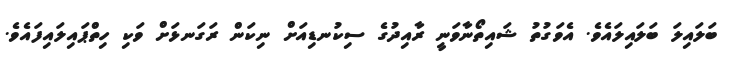
ބަލައިލަ ބަލައިލައެވެ. އެވަގުތު ޝައިތޯނާވަނީ ރާއިދުގެ ސިކުނޑިއަށް ނިކަން ރަގަނޅަށް ވަކި ހިތްޕައިލައިފައެވެ.